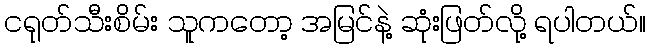
ငရုတ်သီးစိမ်း သူကတော့ အမြင်နဲ့ ဆုံးဖြတ်လို့ ရပါတယ်။